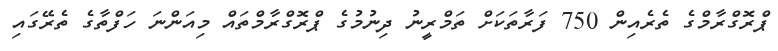
ޕްރޮގްރާމްގެ ތެރެއިން 750 ފަރާތަކަށް ތަމްރީނު ދިނުމުގެ ޕްރޮގްރާމްތައް މިއަންނަ ހަފްތާގެ ތެރޭގައި